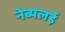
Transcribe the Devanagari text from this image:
नेब्यलई